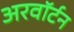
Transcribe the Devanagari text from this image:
अरवॉर्टन